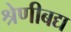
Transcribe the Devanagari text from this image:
श्रेणीबद्य